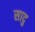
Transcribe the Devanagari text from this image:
सादु